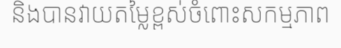
និងបានវាយតម្លៃខ្ពស់ចំពោះសកម្មភាព